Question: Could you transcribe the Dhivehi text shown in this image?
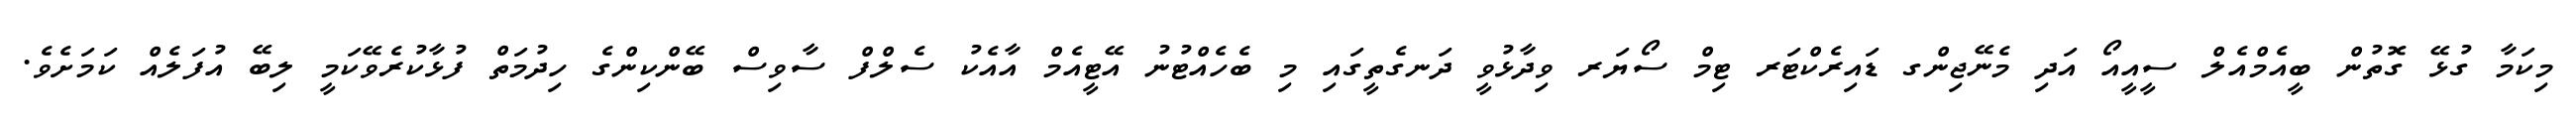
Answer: މިކަމާ ގުޅޭ ގޮތުން ބީއެމްއެލް ސީއީއޯ އަދި މެނޭޖިންގ ޑައިރެކްޓަރ ޓިމް ސޯޔަރ ވިދާޅުވީ ދަނގެތީގައި މި ބެހެއްޓުނު އޭޓީއެމް އާއެކު ސެލްފް ސާވިސް ބޭންކިންގެ ހިދުމަތް ފުޅާކުރެވޭކަމީ ލިބޭ އުފަލެއް ކަމަށެވެ.